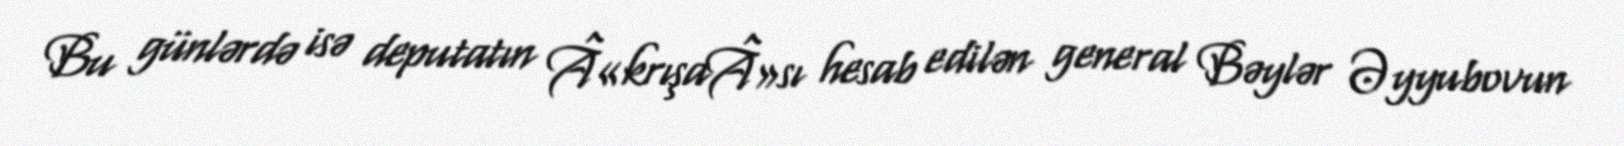
Bu günlərdə isə deputatın Â«krışaÂ»sı hesab edilən general Bəylər Əyyubovun